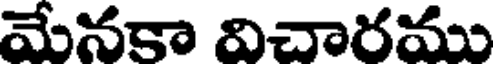
మేనకా విచారము